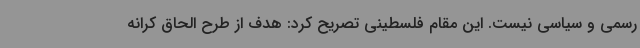
رسمی و سیاسی نیست. این مقام فلسطینی تصریح کرد: هدف از طرح الحاق کرانه